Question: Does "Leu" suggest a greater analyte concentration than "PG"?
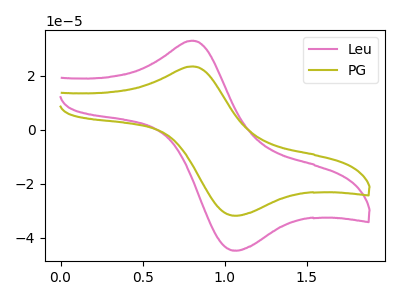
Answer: <think>The pink curve "Leu" has an anodic peak at (0.80V, 32.95uA) and a cathodic peak at (1.10V, -44.65uA). The olive curve "PG" has an anodic peak at (0.80V, 23.40uA) and a cathodic peak at (1.10V, -31.75uA).
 All the peaks in "Leu" have a peak in "PG" at the same potential. Every peak in "Leu" is higher than every peak in "PG".</think>
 <answer>"Leu" has more signal than "PG".</answer>
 <eval>more_signal</eval>